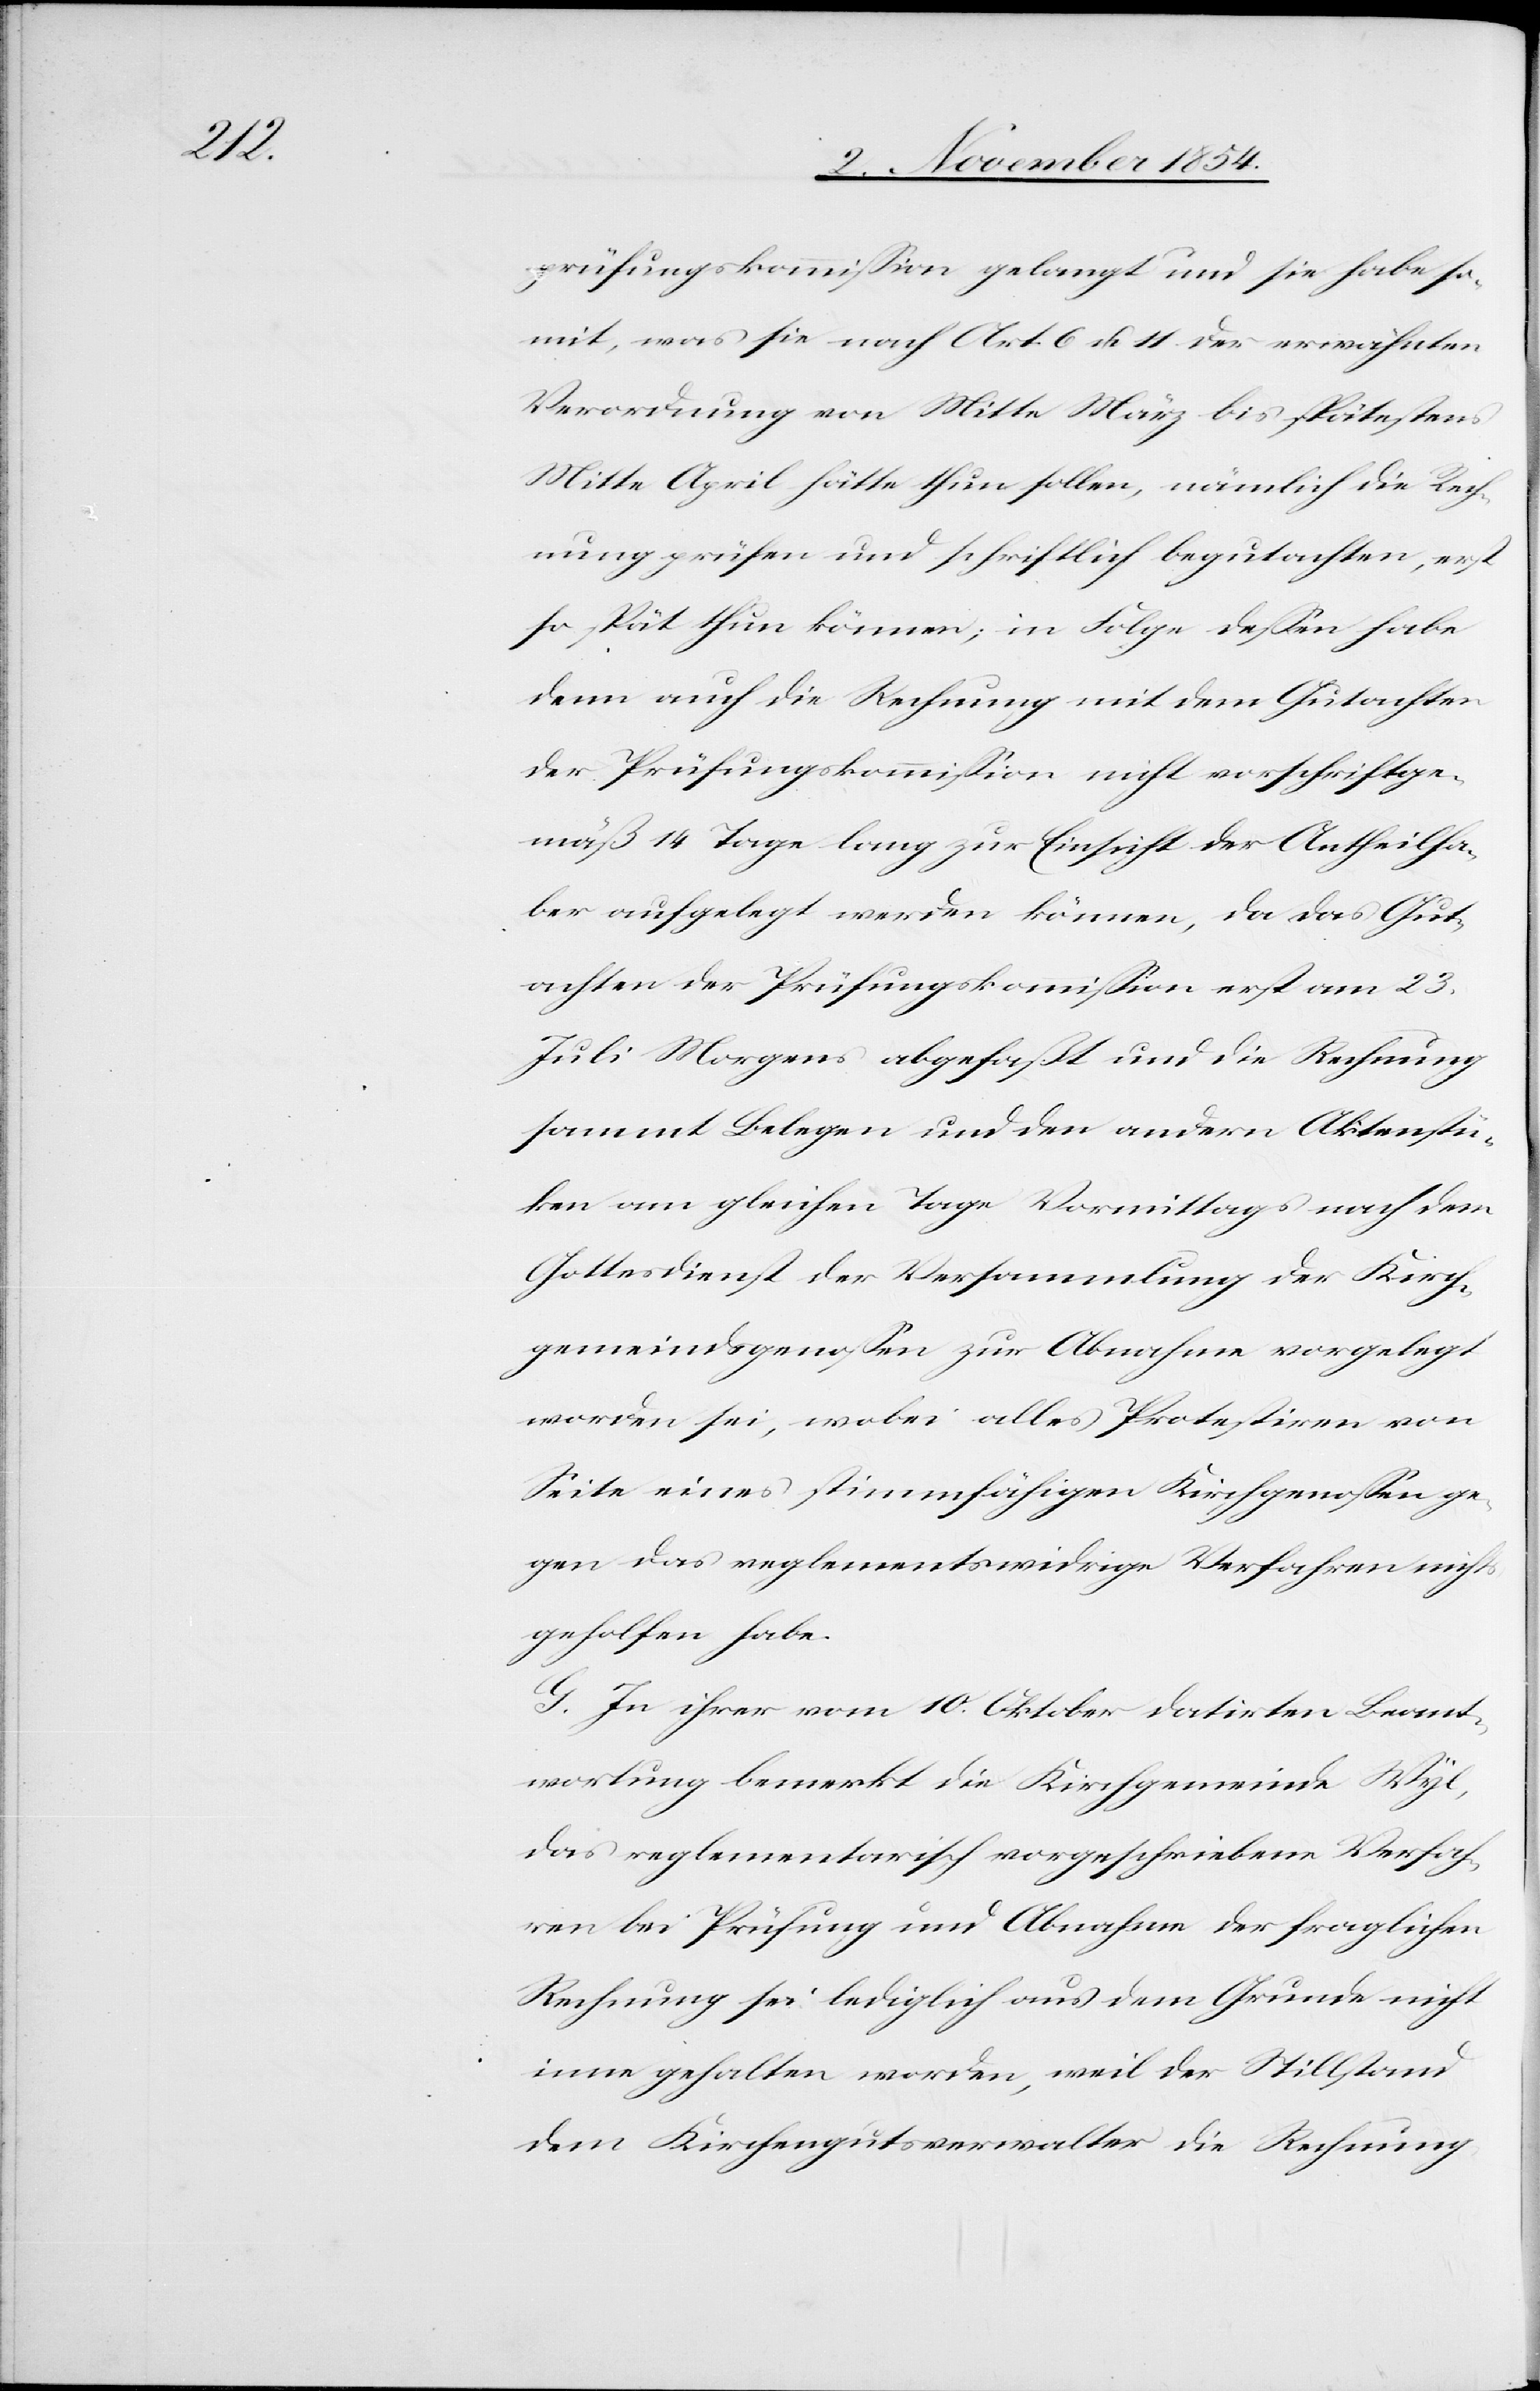
prüfungskommißion gelangt und sie habe so¬
mit, was sie nach Art. 6 u. 11 der erwähnten
Verordnung von Mitte März bis spätestens
Mitte April hätte thun sollen, nämlich die Rech¬
nung prüfen und schriftlich begutachten, erst
so spät thun können; in Folge deßen habe
denn auch die Rechnung mit dem Gutachten
der Prüfungskommißion nicht vorschriftsge¬
mäß 14 Tage lang zur Einsicht der Antheilha¬
ber aufgelegt werden können, da das Gut¬
achten der Prüfungskommißion erst am 23.
Juli Morgens abgefaßt und die Rechnung
sammt Belegen und den andern Aktenstüc¬
ken am gleichen Tage Vormittags nach dem
Gottesdienst der Versammlung der Kirch¬
gemeindsgenoßen zur Abnahme vorgelegt
worden sei, wobei alles Protestiren von
Seite eines stimmfähigen Kirchgenoßen ge¬
gen das reglementswidrige Verfahren nichts
geholfen habe.
G. In ihrer vom 10. Oktober datirten Beant¬
wortung bemerkt die Kirchgemeinde Wyl,
das reglementarisch vorgeschriebene Verfah¬
ren bei Prüfung und Abnahme der fraglichen
Rechnung sei lediglich aus dem Grunde nicht
inne gehalten worden, weil der Stillstand
dem Kirchengutsverwalter die Rechnung